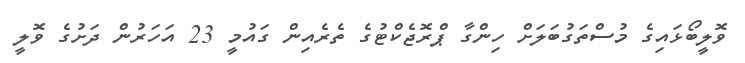
ވޮލީބޯޅައިގެ މުސްތަގުބަލަށް ހިންގާ ޕްރޮޖެކްޓުގެ ތެރެއިން ގައުމީ 23 އަހަރުން ދަށުގެ ވޮލީ